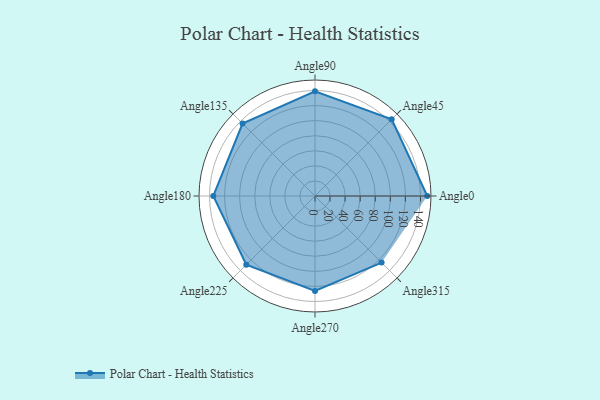
{"axis": {"x": "Angle", "y": "Radius"}, "legend": [""], "data": [{"x": "Angle0", "y": 149.0, "type": ""}, {"x": "Angle45", "y": 144.0, "type": ""}, {"x": "Angle90", "y": 139.0, "type": ""}, {"x": "Angle135", "y": 136.0, "type": ""}, {"x": "Angle180", "y": 135.0, "type": ""}, {"x": "Angle225", "y": 129.0, "type": ""}, {"x": "Angle270", "y": 126.0, "type": ""}, {"x": "Angle315", "y": 125.0, "type": ""}]}